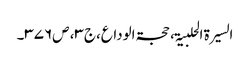
السیرۃ الحلبیۃ، حجۃالوداع،ج۳، ص۳۷۶۔